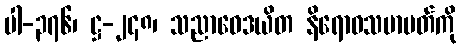
ပါ-၃၇၆၊ ဋ္ဌ-၂၄၈၊ သညာဝေဒယိတ နိရောဓသမာပတ်ကို